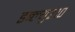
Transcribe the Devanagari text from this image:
डब्ल्यु२१०